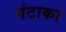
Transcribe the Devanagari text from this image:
गंटाका